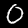
Label: 0